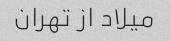
میلاد از تهران